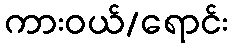
ကားဝယ်/ရောင်း